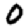
Digit: 0